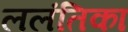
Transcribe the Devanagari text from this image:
ललंतिका